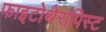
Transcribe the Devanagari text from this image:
फाइटोथेरापिस्ट